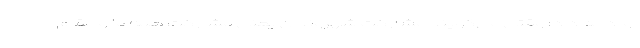
او ادامه داد: وقتی می‌گویند مشارکت شهروندان یعنی مشارکت همه ما و مقام